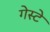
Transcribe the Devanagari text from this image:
गेस्टे